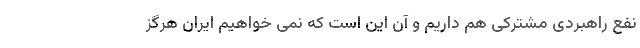
نفع راهبردی مشترکی هم داریم و آن این است که نمی خواهیم ایران هرگز